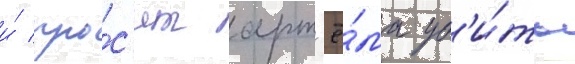
и́ про́с'ит арт'ё́ма уб'и́ть